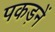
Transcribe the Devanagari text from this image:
पकड़नें